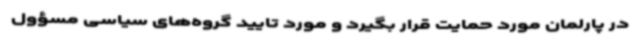
در پارلمان مورد حمایت قرار بگیرد و مورد تایید گروه‌های سیاسی مسؤول